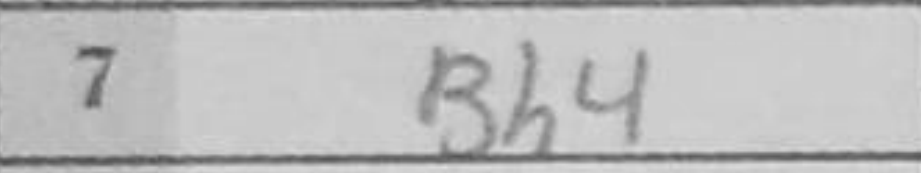
Transcription: Bh4